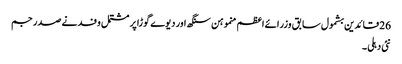
26 قائدین بشمول سابق وزرائے اعظم منموہن سنگھ اور دیوے گوڑا پر مشتمل وفد نے صدر جم
نئی دہلی ۔